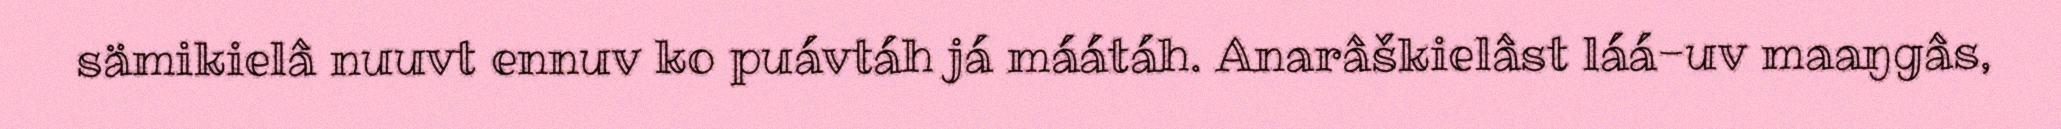
sämikielâ nuuvt ennuv ko puávtáh já máátáh. Anarâškielâst láá-uv maaŋgâs,